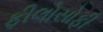
ફીલોસોફી